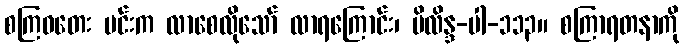
စကြဝတေး မင်းက လာစေလိုသော် လာရကြောင်း၊ မိလိန္ဒ-ပါ-၁၁၃။ စကြာရတနာကို